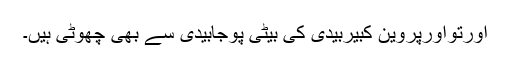
اورتواورپروین کبیربیدی کی بیٹی پوجابیدی سے بھی چھوٹی ہیں۔